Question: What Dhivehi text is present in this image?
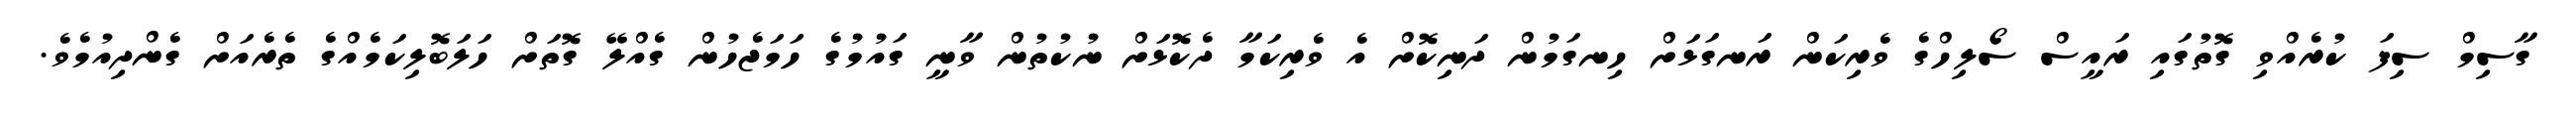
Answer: ގާސިމް ސިފަ ކުރެއްވި ގޮތުގައި ރައީސް ސޯލިހްގެ ވެރިކަން ރަނގަޅަށް ހިނގަމުން ދަނިކޮށް އެ ވެރިކަމާ ދެކޮޅަށް ނުކުތުން ވާނީ ގައުމުގެ ހަމަޖެހުން ގެއްލޭ ގޮތަށް ހަލަބޮލިކަމެއްގެ ތެރެއަށް ގެންދިއުމެވެ.